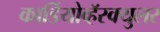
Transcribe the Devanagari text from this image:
कार्डियोव्हॅस्क्युलर